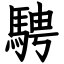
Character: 騁